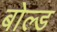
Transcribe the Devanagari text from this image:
बोल्‍ड